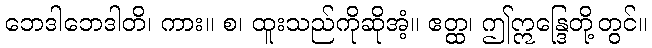
ဘေဒါဘေဒါတိ၊ ကား။ စ၊ ထူးသည်ကိုဆိုအံ့။ ဧတ္ထ၊ ဤဣန္ဒြေတို့တွင်။